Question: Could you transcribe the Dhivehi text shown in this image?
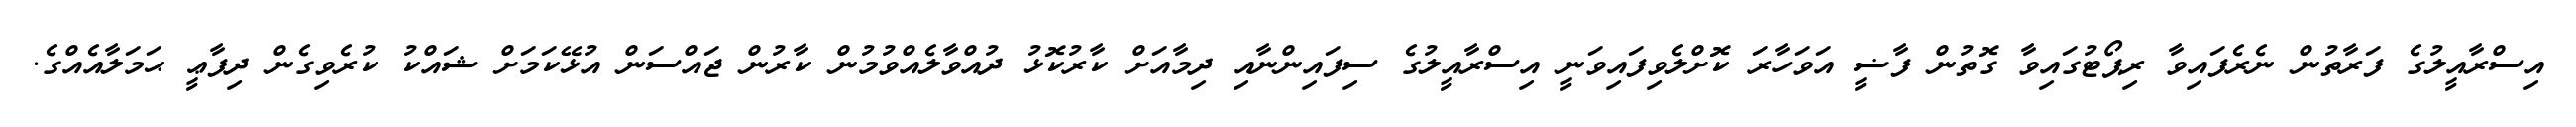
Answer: އިސްރާއީލުގެ ފަރާތުން ނެރެފައިވާ ރިޕޯޓުގައިވާ ގޮތުން ފާޟީ އަވަހާރަ ކޮށްލެވިފައިވަނީ އިސްރާއީލުގެ ސިފައިންނާއި ދިމާއަށް ކާރުކޮޅު ދުއްވާލެއްވުމުން ކާރުން ޖައްސަން އުޅޭކަމަށް ޝައްކު ކުރެވިގެން ދިފާޢީ ޙަމަލާއެއްގެ.